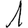
Digit: 1